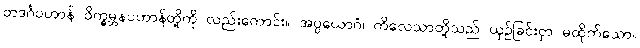
တဒင်္ဂပဟာန် ဝိက္ခမ္ဘနပဟာန်တို့ကို လည်းကောင်း။ အပ္ပယောဂံ၊ ကိလေသာတို့သည် ယှဉ်ခြင်းငှာ မထိုက်သော။